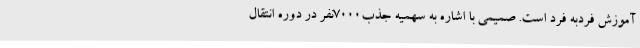
آموزش فردبه فرد است. صمیمی با اشاره به سهمیه جذب7000نفر در دوره انتقال